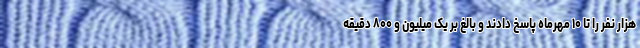
هزار نفر را تا ۱۰ مهرماه پاسخ دادند و بالغ بر یک میلیون و ۸۰۰ دقیقه